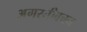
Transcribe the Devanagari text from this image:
अगस्तीवचन